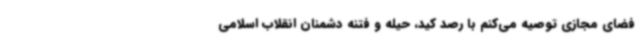
فضای مجازی توصیه می‌کنم با رصد کید، حیله و فتنه دشمنان انقلاب اسلامی